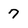
Character: 7